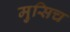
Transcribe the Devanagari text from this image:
मुसिच